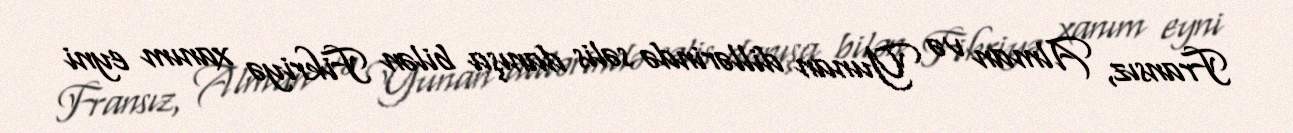
Fransız, Alman və Yunan dillərində səlis danışa bilən Fikriyə xanım eyni